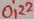
Text: 0,22